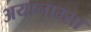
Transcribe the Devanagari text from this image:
अयानाम्सा